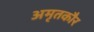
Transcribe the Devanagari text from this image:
अमृतकौर